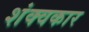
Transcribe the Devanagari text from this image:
शंक्वकार